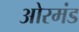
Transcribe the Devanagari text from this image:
ओरमंड